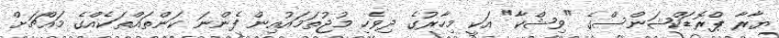
ޔާރާ ޕްރޮޑަކްޝަންސްގެ "ވިޝްކާ" އަކީ މިހާރުގެ ދިވެހި މުޖުތަމައުއިން ފެންނަ ކަންތައްތަކެއްގެ މައްޗަށް